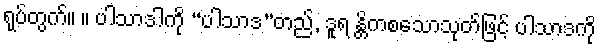
ရုပ်တွက်။ ။ ပါသာဒါကို “ပါသာဒ”တည်, ဒူရ န္တိကစသောသုတ်ဖြင့် ပါသာဒကို